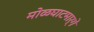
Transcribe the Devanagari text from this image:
मोळघाटमार्गे